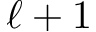
\ell + 1